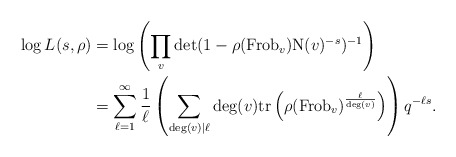
\begin{align*}\log L(s, \rho) &= \log \left(\prod_{v} \det(1-\rho(\mathrm{Frob}_{v}) \mathrm{N}(v)^{-s})^{-1} \right)\\& = \sum_{\ell = 1}^{\infty} \frac{1}{\ell} \left(\sum_{\deg(v) \mid \ell} \deg(v) \mathrm{tr} \left(\rho(\mathrm{Frob}_{v})^{\frac{\ell}{\deg(v)}} \right) \right) q^{-\ell s}.\end{align*}